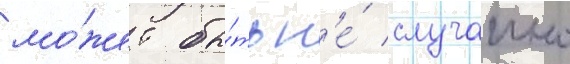
мо́жет бы́ть н'е́ случаино